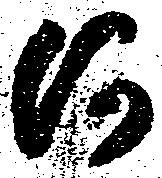
河